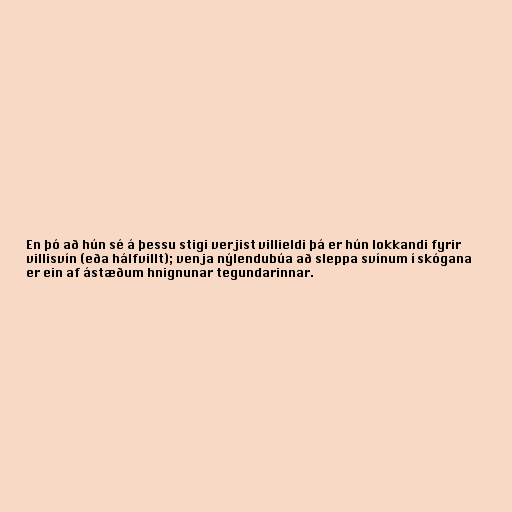
En þó að hún sé á þessu stigi verjist villieldi þá er hún lokkandi fyrir
villisvín (eða hálfvillt); venja nýlendubúa að sleppa svínum í skógana
er ein af ástæðum hnignunar tegundarinnar.